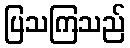
ပြသကြသည်